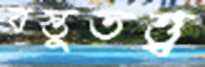
বস্তুতত্ত্ব